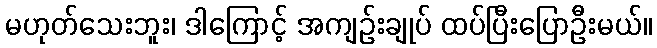
မဟုတ်သေးဘူး၊ ဒါကြောင့် အကျဉ်းချုပ် ထပ်ပြီးပြောဦးမယ်။